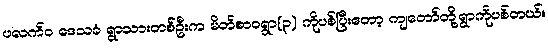
ပလက်ဝ ဒေသခံ ရွာသားတစ်ဦးက မိတ်စာဝရွာ(၃) ကိုပစ်ပြီးတော့ ကျတော်တို့ရွာကိုပစ်တယ်။